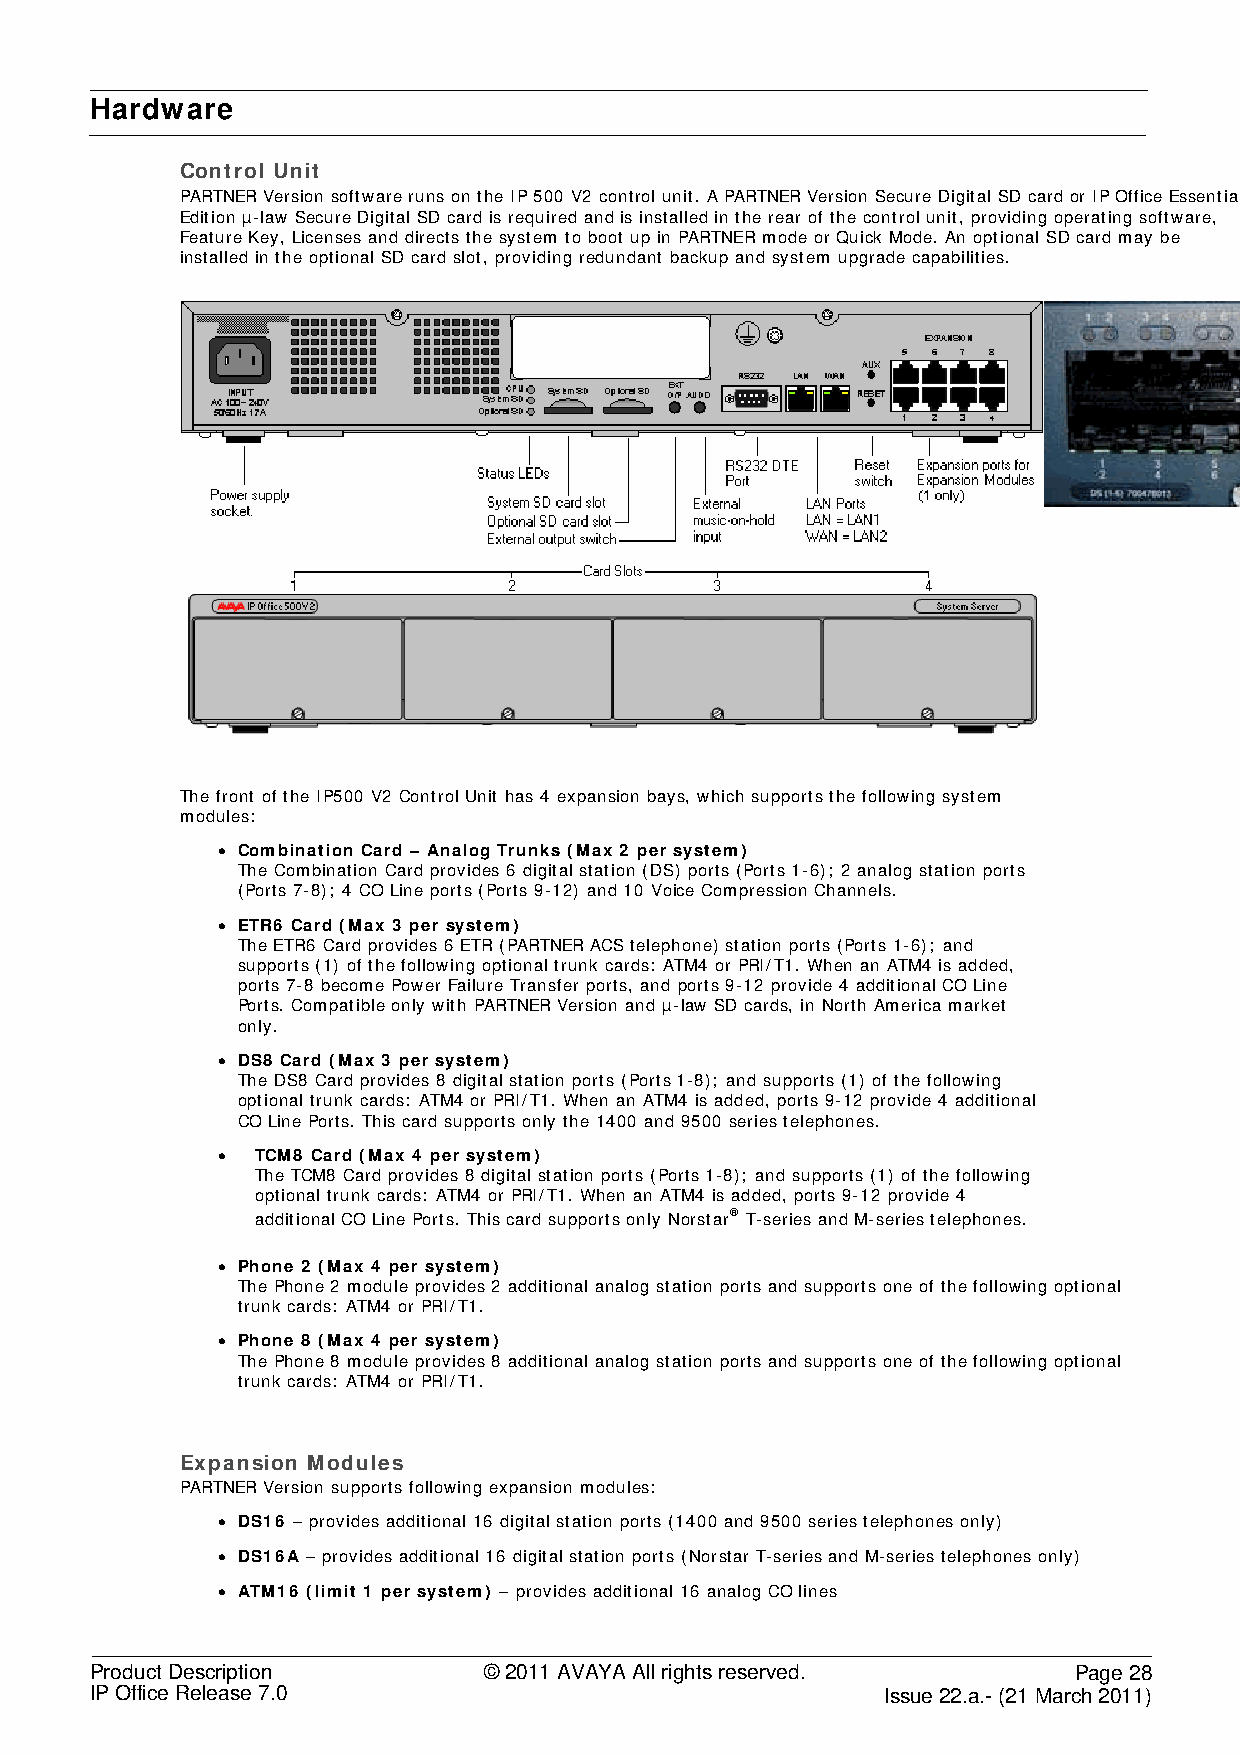
Hardware
 Control Unit
 PARTNER Version software runs on the IP 500 V2 control unit. A PARTNER Version Secure Digital SD card or IP Office Essential
 Edition µ-law Secure Digital SD card is required and is installed in the rear of the control unit, providing operating software,
 Feature Key, Licenses and directs the system to boot up in PARTNER mode or Quick Mode. An optional SD card may be
 installed in the optional SD card slot, providing redundant backup and system upgrade capabilities.
 The front of the IP500 V2 Control Unit has 4 expansion bays, which supports the following system
 modules:
 • Combination Card – Analog Trunks (Max 2 per system)
 The Combination Card provides 6 digital station (DS) ports (Ports 1-6); 2 analog station ports
 (Ports 7-8); 4 CO Line ports (Ports 9-12) and 10 Voice Compression Channels.
 • ETR6 Card (Max 3 per system)
 The ETR6 Card provides 6 ETR (PARTNER ACS telephone) station ports (Ports 1-6); and
 supports (1) of the following optional trunk cards: ATM4 or PRI/T1. When an ATM4 is added,
 ports 7-8 become Power Failure Transfer ports, and ports 9-12 provide 4 additional CO Line
 Ports. Compatible only with PARTNER Version and µ-law SD cards, in North America market
 only.
 • DS8 Card (Max 3 per system)
 The DS8 Card provides 8 digital station ports (Ports 1-8); and supports (1) of the following
 optional trunk cards: ATM4 or PRI/T1. When an ATM4 is added, ports 9-12 provide 4 additional
 CO Line Ports. This card supports only the 1400 and 9500 series telephones.
 •  TCM8 Card (Max 4 per system)
 The TCM8 Card provides 8 digital station ports (Ports 1-8); and supports (1) of the following
 optional trunk cards: ATM4 or PRI/T1. When an ATM4 is added, ports 9-12 provide 4
 additional CO Line Ports. This card supports only Norstar® T-series and M-series telephones.
 • Phone 2 (Max 4 per system)
 The Phone 2 module provides 2 additional analog station ports and supports one of the following optional
 trunk cards: ATM4 or PRI/T1.
 • Phone 8 (Max 4 per system)
 The Phone 8 module provides 8 additional analog station ports and supports one of the following optional
 trunk cards: ATM4 or PRI/T1.
 Expansion Modules
 PARTNER Version supports following expansion modules:
 • DS16 – provides additional 16 digital station ports (1400 and 9500 series telephones only)
 • DS16A – provides additional 16 digital station ports (Norstar T-series and M-series telephones only)
 • ATM16 (limit 1 per system) – provides additional 16 analog CO lines
 Product Description       © 2011 AVAYA All rights reserved.      Page 28
 IP Office Release 7.0                                Issue 22.a.- (21 March 2011)